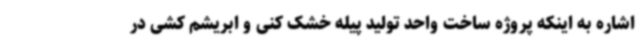
اشاره به اینکه پروژه ساخت واحد تولید پیله خشک کنی و ابریشم کشی در